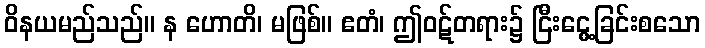
ဝိနယမည်သည်။ န ဟောတိ၊ မဖြစ်။ ဧတံ၊ ဤဝဋ်တရား၌ ငြီးငွေ့ခြင်းစသော